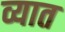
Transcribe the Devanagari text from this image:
व्यात